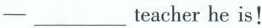
-___teacher he is!